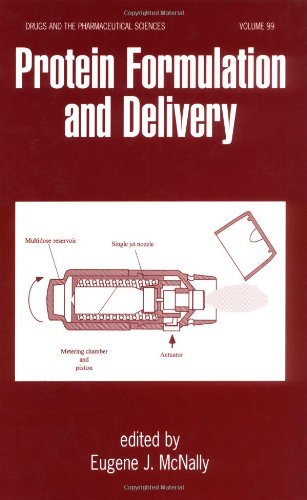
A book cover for Protein Formulation and Delivery (Drugs and the Pharmaceutical Sciences); Medical Books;